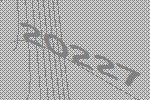
20227